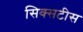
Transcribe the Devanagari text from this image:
सिक्सटीस